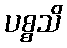
ပစ္စသိ